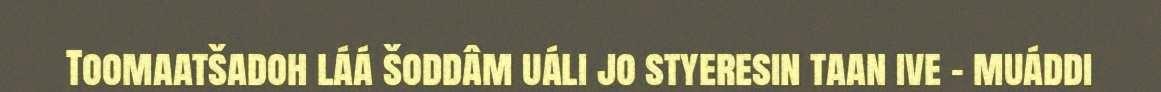
Toomaatšadoh láá šoddâm uáli jo styeresin taan ive – muáddi